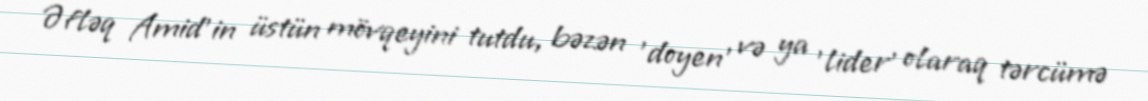
Əfləq Amid'in üstün mövqeyini tutdu, bəzən 'doyen' və ya 'lider' olaraq tərcümə